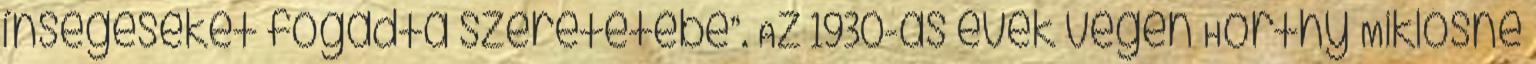
ínségeseket fogadta szeretetébe”. Az 1930-as évek végén Horthy Miklósné